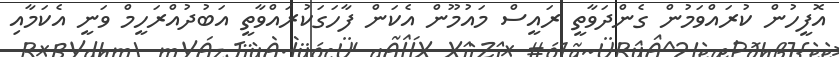
އޮފީހުން ކުރައްވަމުން ގެންދަވާތީ ރައީސް މައުމޫން އެކަން ފާހަގަކުރައްވާތީ އަބުދުއްރަހީމް ވަނީ އެކަމާއި